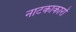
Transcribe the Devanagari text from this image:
नाटकाकारों